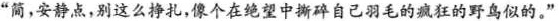
”简，安静点，别这么挣扎，像个在绝望中撕碎自己羽毛的疯狂的野鸟似的。”